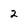
Character: 2